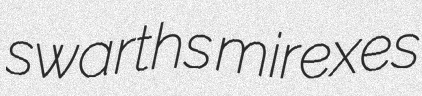
swarths mirexes